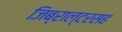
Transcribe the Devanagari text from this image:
जिब्राल्टरसह